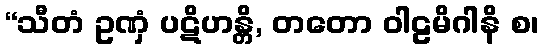
“သီတံ ဥဏှံ ပဋိဟန္တိ, တတော ဝါဠမိဂါနိ စ၊